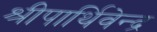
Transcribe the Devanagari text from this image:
श्रीपार्थिवेन्द्र